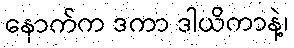
နောက်က ဒကာ ဒါယိကာနဲ့၊